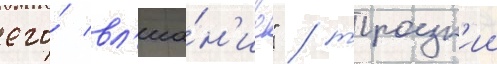
его́ вл'иа́н'ие" / троцк'ии